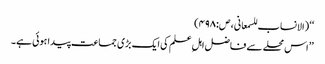
‘‘ (الانساب للسمعانی، ص:۴۹۸)
’’اس محلے سے فاضل اہلِ علم کی ایک بڑی جماعت پیدا ہوئی ہے۔